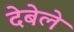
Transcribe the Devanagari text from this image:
देबेले